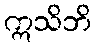
ဣသိဘိ